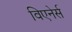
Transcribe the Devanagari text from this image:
विएनेर्स